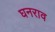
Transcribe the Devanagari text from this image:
घनराव